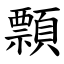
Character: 顠